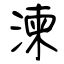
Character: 湅